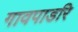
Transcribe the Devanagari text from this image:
गावपाडरि